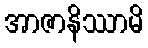
အာဇာနိဿာမိ